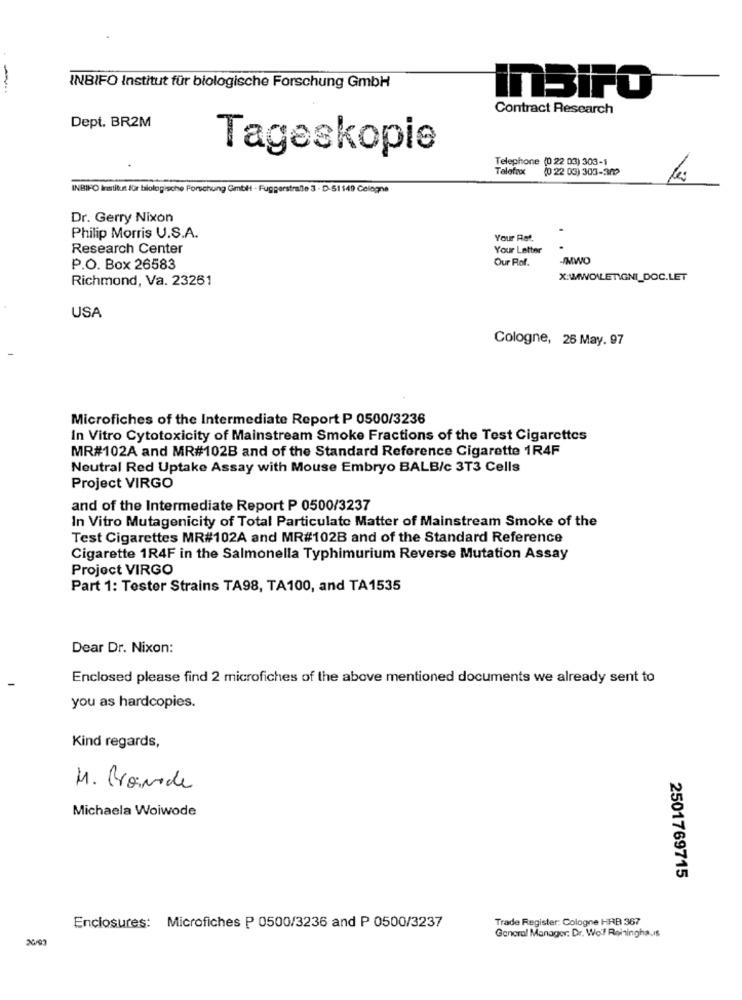
-
INBIFO Institut für biologische Forschung GmbH
InSiFO
Contract Research
Dept. BR2M
Tageskopie
Telephone (022 03) 303-1
Talefax
(0 22 03) 303-309
les
INBIFO Institut für biologische Forschung GmbH - Fuggerstrafle 3 - D-51149 Cologne
Dr. Gerry Nixon
Philip Morris U.S.A.
Your Rat.
Research Center
Your Letter
Our Rof.
-IMWO
P.O. Box 26583
Richmond, Va. 23261
USA
Cologne, 26 May. 97
Microfiches of the Intermediate Report P 0500/3236
In Vitro Cytotoxicity of Mainstream Smoke Fractions of the Test Cigarettes
MR#102A and MR#102B and of the Standard Reference Cigarette 1R4F
Neutral Red Uptake Assay with Mouse Embryo BALB/c 3T3 Cells
Project VIRGO
and of the Intermediate Report P 0500/3237
In Vitro Mutagenicity of Total Particulate Matter of Mainstream Smoke of the
Test Cigarettes MR#102A and MR#102B and of the Standard Reference
Cigarette 1R4F in the Salmonella Typhimurium Reverse Mutation Assay
Project VIRGO
Part 1: Tester Strains TA98, TA100, and TA1535
Dear Dr. Nixon:
Enclosed please find 2 microfiches of the above mentioned documents we already sent to
you as hardcopies.
Kind regards,
M. Provide
Michaela Woiwode
2501769715
Trade Register: Cologne HRB 367
Enclosures: Microfiches P 0500/3236 and P 0500/3237
General Manager: Dr. Wolf Reiningha.Is